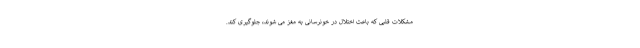
مشکلات قلبی که باعث اختلال در خونرسانی به مغز می شوند، جلوگیری کند.